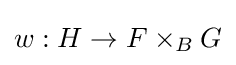
w:H\to F\times _{B}G